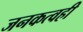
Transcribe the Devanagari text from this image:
जनकत्वही